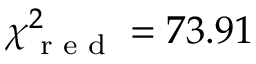
\chi _ { \textrm { r e d } } ^ { 2 } = 7 3 . 9 1